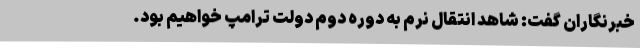
خبرنگاران گفت: شاهد انتقال نرم به دوره دوم دولت ترامپ خواهیم بود.